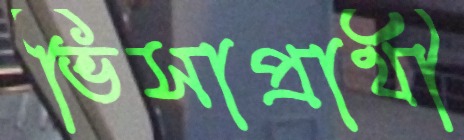
ভিসাপ্রার্থী